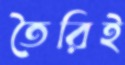
তৈরিই